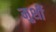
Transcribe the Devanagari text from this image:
मुर्शी